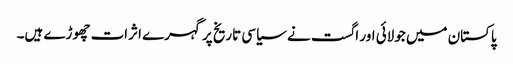
پاکستان میں جولائی اور اگست نے سیاسی تاریخ پر گہرے اثرات چھوڑے ہیں۔